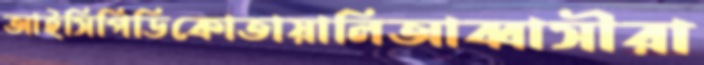
আইসিপিডিকোতায়ালিআব্বাসীরা